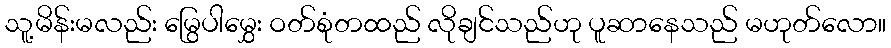
သူ့မိန်းမလည်း မြွေပါမွှေး ဝတ်စုံတထည် လိုချင်သည်ဟု ပူဆာနေသည် မဟုတ်လော။